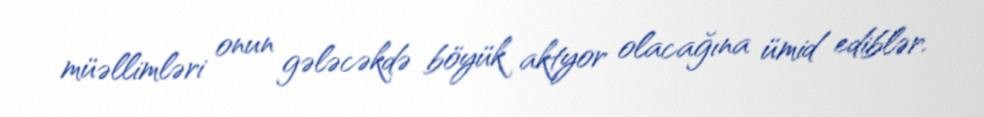
müəllimləri onun gələcəkdə böyük aktyor olacağına ümid ediblər.